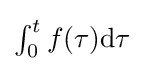
\textstyle \int _{0}^{t}f(\tau )\mathrm {d} \tau